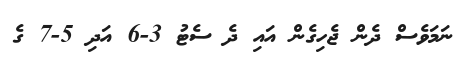
ނަމަވެސް ދެން ޖެހިގެން އައި ދެ ސެޓު 3-6 އަދި 5-7 ގެ